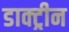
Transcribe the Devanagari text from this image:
डाक्ट्रीन